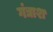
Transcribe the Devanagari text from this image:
गंद्याश